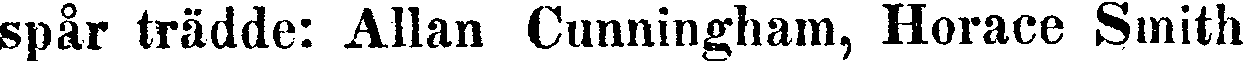
spår trädde: Allan Cunningham, Horace Smith